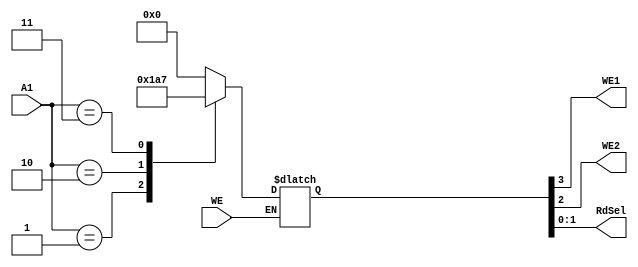
`timescale 1ns / 1ps
module AddressDecodeGPIO(A1,WE,WE1,WE2,RdSel);
input [1:0] A1;
input WE;
output WE1,WE2;
output [1:0] RdSel;
reg [3:0] cw;
assign {WE1,WE2,RdSel} = cw;
always@(*)
begin
  if(WE)
    case(A1)
    2'b00:
        begin
           cw = 4'b0000;
         end
    2'b01:
        begin
           cw = 4'b0001;
         end
    2'b10:
         begin
           cw = 4'b1010;
         end
    2'b11:
          begin
           cw = 4'b0111;
          end 
     endcase 
  end
endmodule